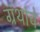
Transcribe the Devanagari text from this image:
ग्रंंथांचे